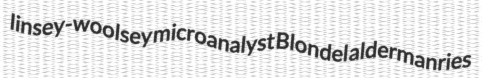
linsey-woolsey microanalyst Blondel aldermanries